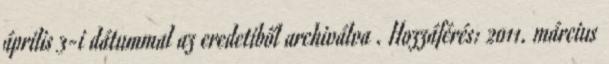
április 3-i dátummal az eredetiből archiválva . Hozzáférés: 2011. március